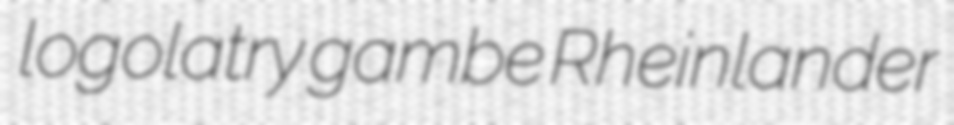
logolatry gambe Rheinlander